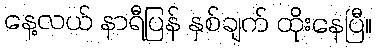
နေ့လယ် နာရီပြန် နှစ်ချက် ထိုးနေပြီ။